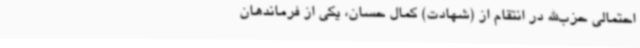
احتمالی حزب‌الله در انتقام از (شهادت) کمال حسان، یکی از فرماندهان